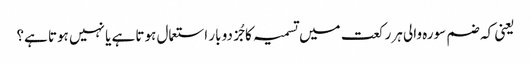
یعنی کہ ضم سورہ والی ہر رکعت میں تسمیہ کا جُز دو بار استعمال ہوتا ہے یا نہیں ہوتا ہے؟